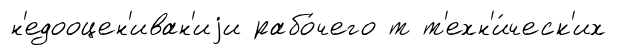
н'едооцен'иван'иjи рабо́чего т т'ехн'и́ческ'их